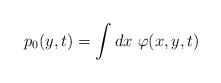
LaTeX: \begin{align*}p_{0}(y,t) =\int dx \ \varphi(x,y,t)\end{align*}